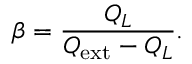
\beta = \frac { Q _ { L } } { Q _ { \mathrm { e x t } } - Q _ { L } } .